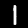
Digit: 1